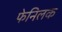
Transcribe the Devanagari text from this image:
फेनिलक